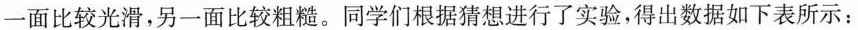
一面比较光滑，另一面比较粗糙。同学们根据猜想进行了实验，得出数据如下表所示：